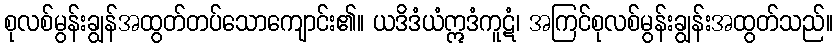
စုလစ်မွန်းချွန်အထွတ်တပ်သောကျောင်း၏။ ယဒိဒံယံဣဒံကူဋံ၊ အကြင်စုလစ်မွန်းချွန်းအထွတ်သည်။